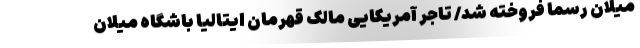
میلان رسما فروخته شد/ تاجر آمریکایی مالک قهرمان ایتالیا باشگاه میلان